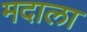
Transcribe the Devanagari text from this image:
मदाला